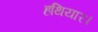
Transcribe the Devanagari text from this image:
हथियार।